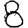
Digit: 8